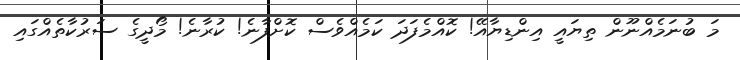
މަ ބުނަމެއްނޫން ތިޔައީ އިންޑިޔާއޭ! ކޮއްމެފަދަ ކަމެއްވެސް ކޮށްފާނެ! ކުރާނެ! މޯދީގެ ސަރުކާތެއްގައި